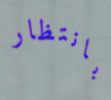
بانتظار